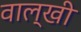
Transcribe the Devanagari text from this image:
वाल्खी